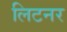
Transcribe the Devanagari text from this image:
लिटनर